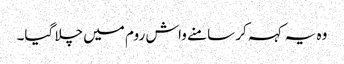
وہ یہ کہہ کر سامنے واش روم میں چلا گیا۔